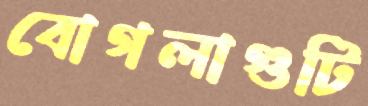
বোগলাগুটি